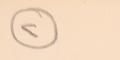
٢